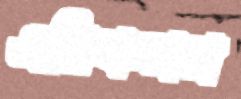
এরিকসন